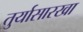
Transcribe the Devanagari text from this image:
तुर्यासारखा